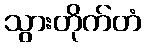
သွားတိုက်တံ